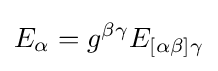
E_{\alpha }=g^{\beta \gamma }E_{[\alpha \beta ]\gamma }